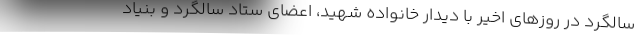
سالگرد در روزهای اخیر با دیدار خانواده شهید، اعضای ستاد سالگرد و بنیاد